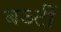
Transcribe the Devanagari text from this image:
बऽर्टी